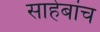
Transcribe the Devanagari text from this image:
साहेबांच